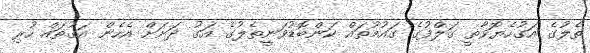
ތެލުގެ އަގުހެޔޮވާތީ ގަލްފުގެ ގައުމުތައް ކަންބޮޑުވަނީތެލުގެ އަގު ދަށަށް އެހެން އަގުތައް ހުރި